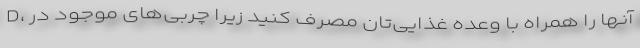
D، آنها را همراه با وعده غذایی‌تان مصرف کنید زیرا چربی‌های موجود در